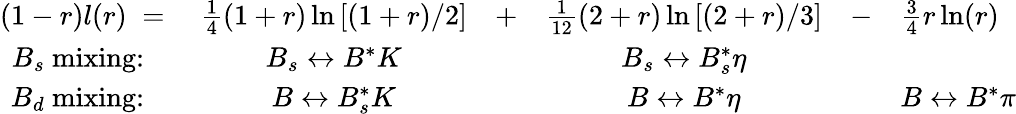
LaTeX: \begin{array}{rccccl}{{(1-r)l(r)\; =\; }}&{{\frac{1}{4}(1+r)\ln\left[(1+r)/2\right]}}&{{+}}&{{\frac{1}{12}(2+r)\ln\left[(2+r)/3\right]}}&{{-}}&{{\frac{3}{4}r\ln(r)}}\\ {{B_{s}~\textrm{mixing:}\quad}}&{{B_{s}\leftrightarrow B^{*}K}}&{{}}&{{B_{s}\leftrightarrow B_{s}^{*}\eta}}&{{}}&{{}}\\ {{B_{d}~\textrm{mixing:}\quad}}&{{B\leftrightarrow B_{s}^{*}K}}&{{}}&{{B\leftrightarrow B^{*}\eta}}&{{}}&{{B\leftrightarrow B^{*}\pi}}\end{array}